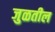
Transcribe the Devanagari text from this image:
जुळतील